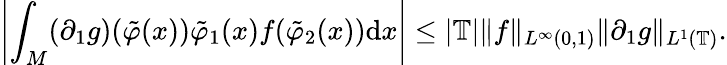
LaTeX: \left|\int_{M}(\partial_{1}g)(\tilde{\varphi}(x))\tilde{\varphi}_{1}(x)f(\tilde{\varphi}_{2}(x))\mathrm{d}x\right|\leq|\mathbb{T}|\| f\| _{L^{\infty}(0,1)}\| \partial_{1}g\| _{L^{1}(\mathbb{T})}.